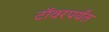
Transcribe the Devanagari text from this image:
टॉवरपर्यंत